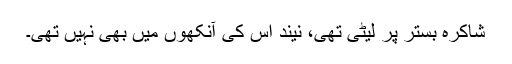
شاکرہ بستر پر لیٹی تھی، نیند اُس کی آنکھوں میں بھی نہیں تھی۔